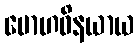
မောဟဝိနယာယ